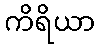
ကိရိယာ